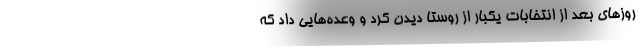
روزهای بعد از انتخابات یکبار از روستا دیدن کرد و وعده‌هایی داد که